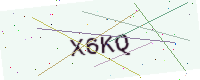
Text: X6KQ